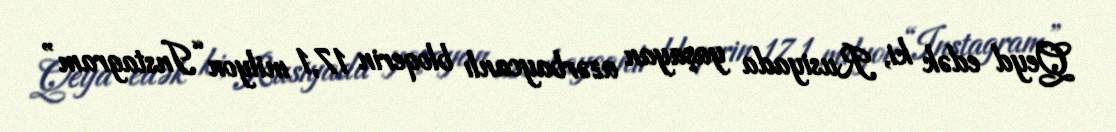
Qeyd edək ki, Rusiyada yaşayan azərbaycanlı bloqerin 17,1 milyon “Instagram”